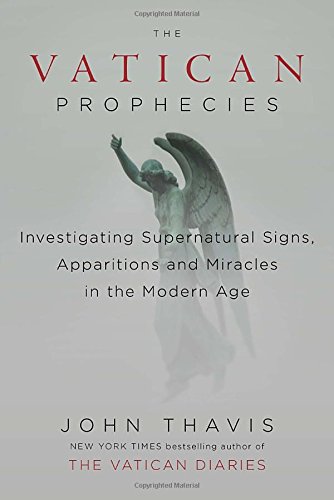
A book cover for The Vatican Prophecies: Investigating Supernatural Signs, Apparitions, and Miracles in the Modern Age; John Thavis; Christian Books & Bibles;